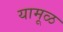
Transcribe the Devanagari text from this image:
यामूळ